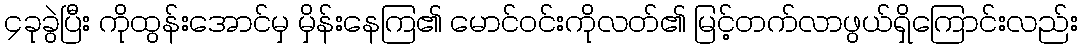
၄ခုခွဲပြီး ကိုထွန်းအောင်မှ မှိန်းနေကြ၏ မောင်ဝင်းကိုလတ်၏ မြင့်တက်လာဖွယ်ရှိကြောင်းလည်း